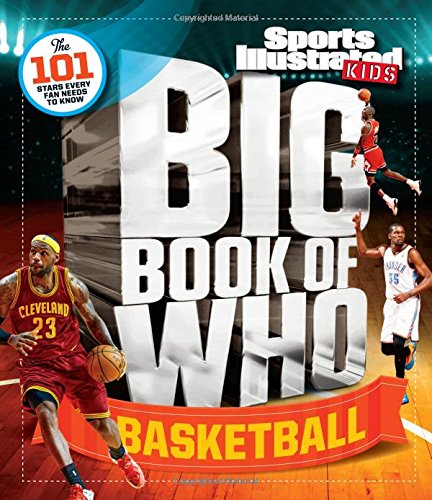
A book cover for Sports Illustrated Kids Big Book of Who Basketball; The Editors of Sports Illustrated Kids; Children's Books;